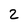
Character: 2